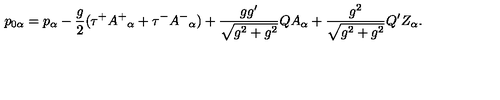
p _ { 0 \alpha } = p _ { \alpha } - \frac { g } { 2 } ( \tau ^ { + } A ^ { + } { } _ { \alpha } + \tau ^ { - } A ^ { - } { } _ { \alpha } ) + \frac { g g ^ { \prime } } { \sqrt { g ^ { 2 } + g ^ { 2 } } } Q A _ { \alpha } + \frac { g ^ { 2 } } { \sqrt { g ^ { 2 } + g ^ { 2 } } } Q ^ { \prime } Z _ { \alpha } .